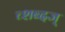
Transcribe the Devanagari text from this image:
च्शब्दज्